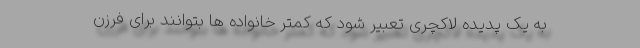
به یک پدیده لاکچری تعبیر شود که کمتر خانواده ها بتوانند برای فرزن